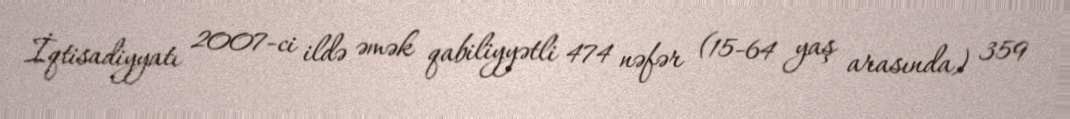
İqtisadiyyatı 2007-ci ildə əmək qabiliyyətli 474 nəfər (15-64 yaş arasında) 359